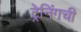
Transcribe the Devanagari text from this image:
ट्रेनिंगची